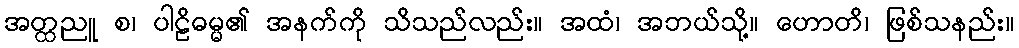
အတ္ထညူ စ၊ ပါဠိဓမ္မ၏ အနက်ကို သိသည်လည်း။ အထံ၊ အဘယ်သို့။ ဟောတိ၊ ဖြစ်သနည်း။